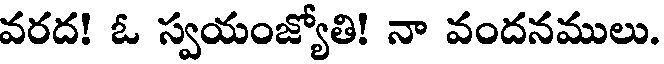
వరద! ఓ స్వయంజ్యోతి! నా వందనములు.